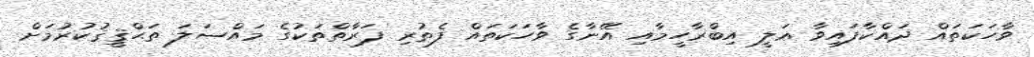
ވާހަކަތައް ދައްކާފައިވާ ޢަލީ އިބްރާހީމާއި އޭނާގެ ވާހަކަތައް ފެތުރި ފަރާތްތަކުގެ މައްސަލަ ތަޙްޤީޤުކުރުމަށް